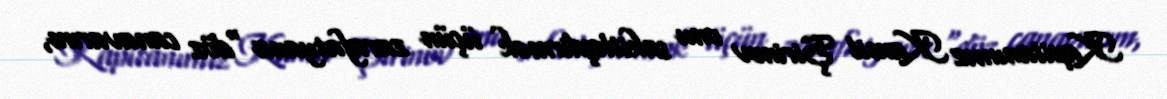
Kapitanımız Kamil Şirinov onu sakitləşdirmək üçün zarafatyana "döz canavarım,